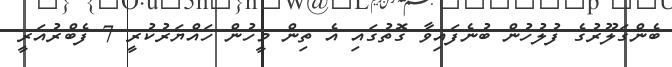
ބެންގަލޫރުގެ ފުލުހުން ބުނެފައިވާ ގޮތުގައި އެ ތިން މީހުން ހައްޔަރުކުރީ 7 ފެބްރުއަރީ